Notes on vaccination in the North-West Frontier Province 1923-1928 - 1923-1928
Year: 1923
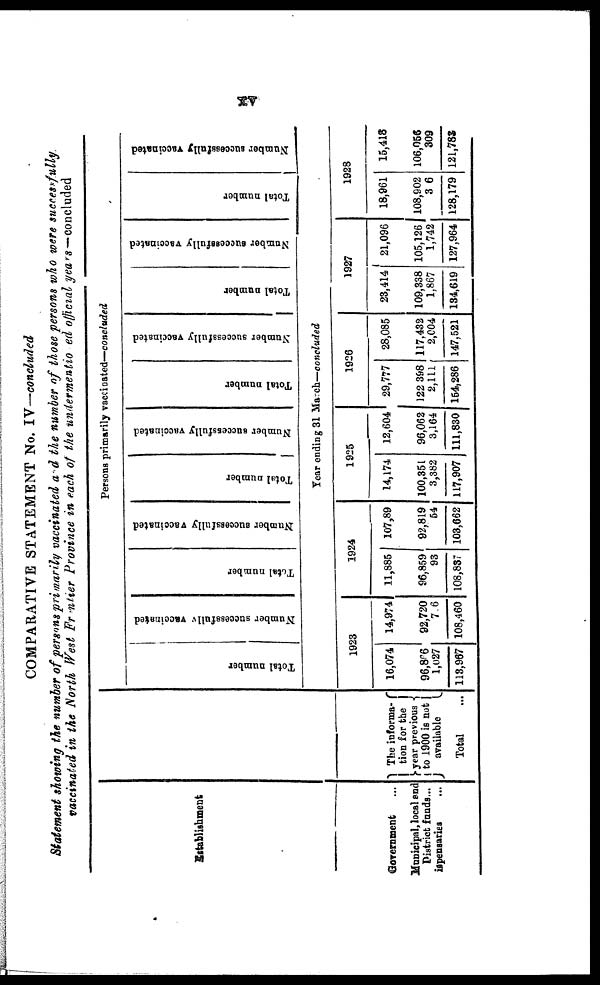
xv
COMPARATIVE STATEMENT No. IV—concluded
Statement showing the number of persons primarily vaccinated and the number of those persons who were successfully
vaccinated in the North West Frontier Province in each of the undermentioned official years— concluded
Establishment
Government ...
Municipal, local and
District funds...
ispensaries ...
The informs¬
tion for the
year previous
to 1900 is not
available
Total ...
Persons primarily vaccinated—concluded
Total number
Number successfully vaccinated
Total number
Number successfully vaccinated
Total number
Number successfully vaccinated
Total number
Number successfully vaccinated
Total number
Number successfully vaccinated
Total number
Number successfully vaccinated
Year ending 31 March—concluded
1923
16,074
96,866
1,027
113,967
14,974
92,720
706
108,460
1924
11,885
96,859
93
108,837
107,89
92,819
54
103,662
1925
14,174
100,351
3,382
117,907
12,604
96,062
3,164
111,830
1926
29,777
122 398
2,111
154,286
28,085
117,432
2,004
147,521
1927
23,414
109,338
1,867
134,619
21,096
105,126
1,742
127,964
1928
18,961
108,902
306
128,179
16,418
106,056
309
121,782